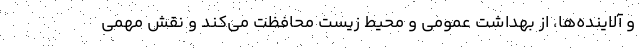
و آلاینده‌ها، از بهداشت عمومی و محیط زیست محافظت می‌کند و نقش مهمی